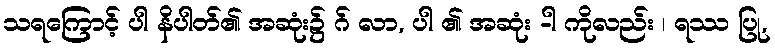
သရကြောင့် ပါ နိပါတ်၏ အဆုံး၌ ဂ် လာ, ပါ ၏ အဆုံး -ါ ကိုလည်း ၊ ရဿ ပြု,